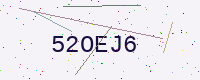
Text: 52OEJ6